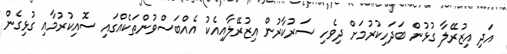
އަދި އިޒުރޭލާ ގުޅުން ބަދަހިކުރުމަށް ދިވެހި ސަރުކާރުން އިޒުރޭލާއިއެކު އެއްބަސްވުންތަކެއްގައި ސޮއިކުރުމާއި ގުޅިގެން